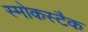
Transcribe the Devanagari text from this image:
स्मोकस्टैक